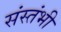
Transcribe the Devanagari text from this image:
संस्तंभी